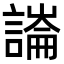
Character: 𧫶